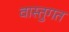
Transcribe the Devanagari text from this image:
वास्तुगत